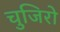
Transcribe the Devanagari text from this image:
चुजिरो